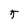
Character: 5